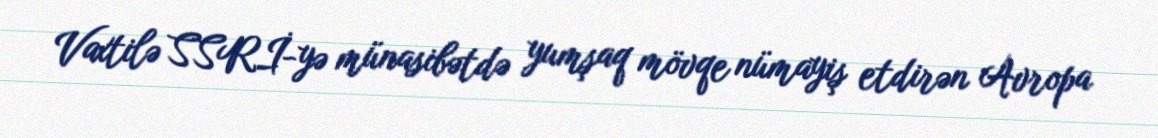
Vaxtilə SSRİ-yə münasibətdə yumşaq mövqe nümayiş etdirən Avropa